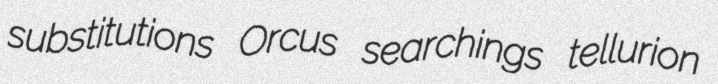
substitutions Orcus searchings tellurion